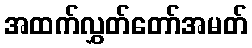
အထက်လွှတ်တော်အမတ်